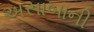
અસાબાની